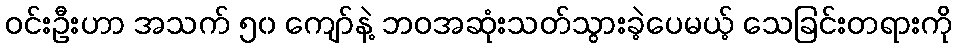
ဝင်းဦးဟာ အသက် ၅၀ ကျော်နဲ့ ဘဝအဆုံးသတ်သွားခဲ့ပေမယ့် သေခြင်းတရားကို